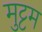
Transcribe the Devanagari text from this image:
मुट्टम